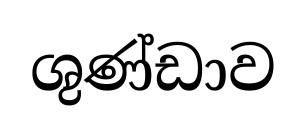
ශුණ්ඩාව